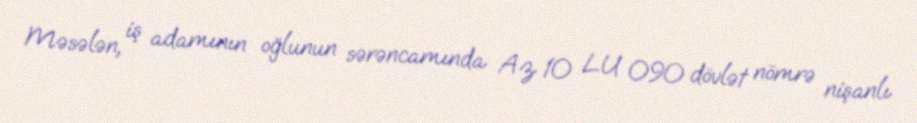
Məsələn, iş adamının oğlunun sərəncamında Az 10 LU 090 dövlət nömrə nişanlı